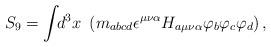
LaTeX: \begin{align*}S_9=\int \!\!d^3x~\left( m_{abcd}\epsilon ^{\mu \nu \alpha}H_{a\mu \nu \alpha }\varphi _b\varphi _c\varphi _d\right) ,\end{align*}